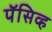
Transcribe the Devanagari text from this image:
पॅसिव्ह